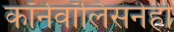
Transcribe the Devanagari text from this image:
कॉर्नवॉलिसनेही